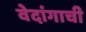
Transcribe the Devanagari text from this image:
वेदांगाची